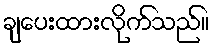
ချပေးထားလိုက်သည်။